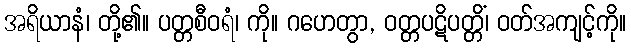
အရိယာနံ၊ တို့၏။ ပတ္တစီဝရံ၊ ကို။ ဂဟေတွာ, ဝတ္တပဋိပတ္တိံ၊ ဝတ်အကျင့်ကို။